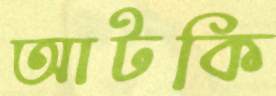
আটকি